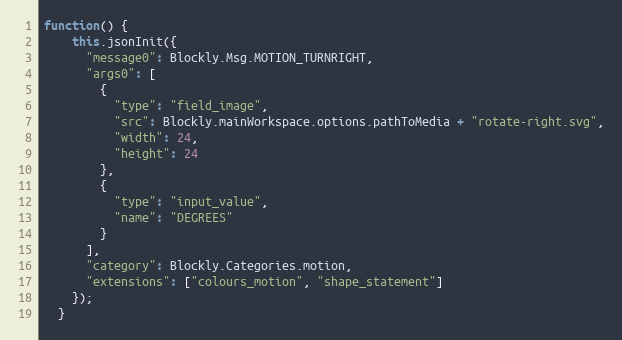
Language: JavaScript
function() {
    this.jsonInit({
      "message0": Blockly.Msg.MOTION_TURNRIGHT,
      "args0": [
        {
          "type": "field_image",
          "src": Blockly.mainWorkspace.options.pathToMedia + "rotate-right.svg",
          "width": 24,
          "height": 24
        },
        {
          "type": "input_value",
          "name": "DEGREES"
        }
      ],
      "category": Blockly.Categories.motion,
      "extensions": ["colours_motion", "shape_statement"]
    });
  }